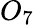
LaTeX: O_{7}